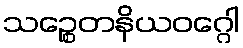
သဉ္စေတနိယဝဂ္ဂေါ